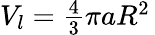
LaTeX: \begin{array}{r}{V_{l}=\frac{4}{3}\pi aR^{2}\, }\end{array}